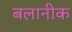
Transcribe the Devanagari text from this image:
बलानीक